Senior Leaving Certificate Examination (including Day School Certificate (Higher) General paper), 1948
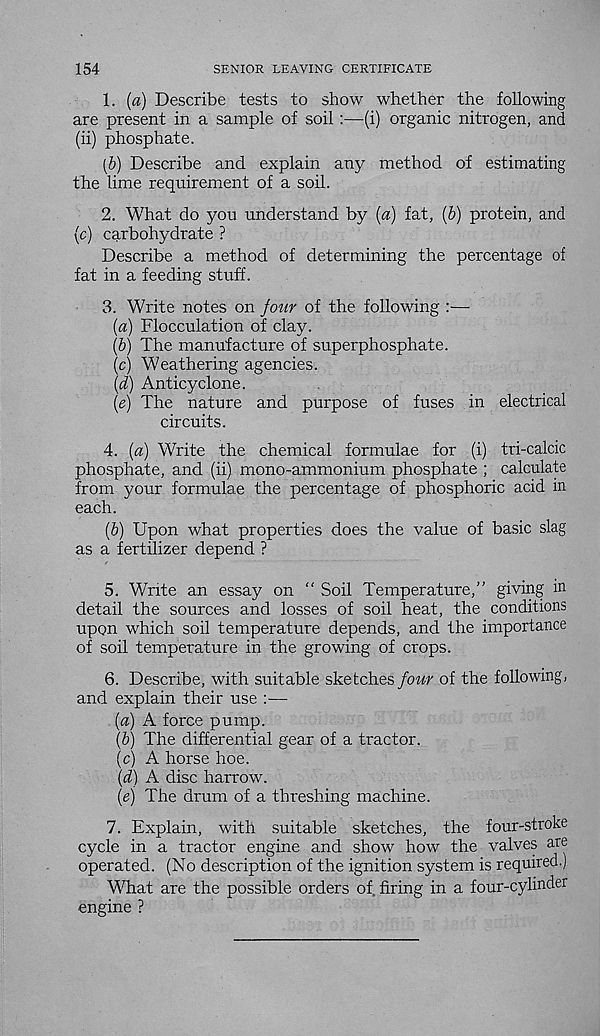
154
SENIOR LEAVING CERTIFICATE
1. (a) Describe tests to show whether the following
are present in a sample of soil :—(i) organic nitrogen, and
(ii) phosphate.
[b) Describe and explain any method of estimating
the lime requirement of a soil.
2. What do you understand by {a) fat, [b) protein, and
(c) carbohydrate ?
Describe a method of determining the percentage of
fat in a feeding stuff.
3. Write notes on jour of the following :—
[а) Flocculation of clay.
(б) The manufacture of superphosphate.
(c) Weathering agencies.
\d) Anticyclone.
(e) The nature and purpose of fuses in electrical
circuits.
4. (a) Write the chemical formulae for (i) tri-calcic
phosphate, and (ii) mono-ammonium phosphate ; calculate
from your formulae the percentage of phosphoric acid in
each.
(b) Upon what properties does the value of basic slag
as a fertilizer depend ?
5. Write an essay on “ Soil Temperature,” giving in
detail the sources and losses of soil heat, the conditions
upon which soil temperature depends, and the importance
of soil temperature in the growing of crops.
6. Describe, with suitable sketches /our of the following,
and explain their use :—
(a) A force pump.
(b) The differential gear of a tractor.
(c) A horse hoe.
(d) A disc harrow.
(e) The drum of a threshing machine.
7. Explain, with suitable sketches, the four-stroke
cycle in a tractor engine and show how the valves are
operated. (No description of the ignition system is required.)
What are the possible orders of, firing in a four-cylinder
engine ?